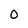
Character: O